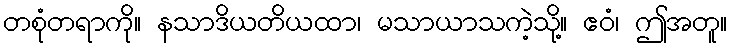
တစုံတရာကို။ နသာဒိယတိယထာ၊ မသာယာသကဲ့သို့။ ဧဝံ၊ ဤအတူ။